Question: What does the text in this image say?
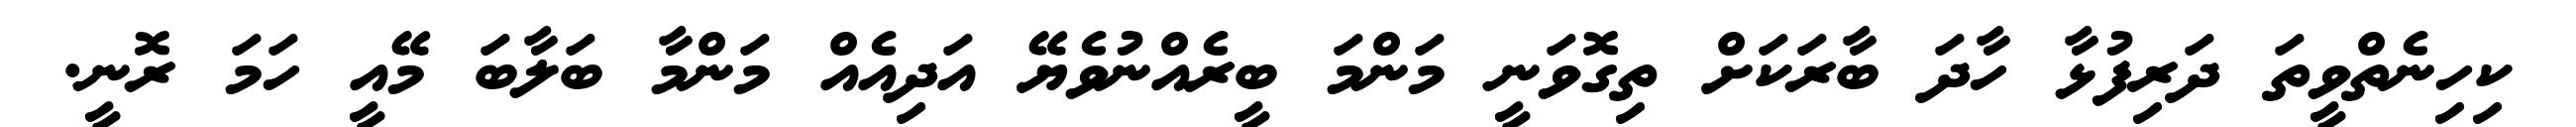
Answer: ކިހިނެތްވީތަ ދަރިފުޅާ ހާދަ ބާރަކަށް ތިގޮވަނީ މަންމަ ބީރެއްނުވެޔޭ އަދިއެއް މަންމާ ބަލާބަ މޭއީ ހަމަ ރޮނީ.